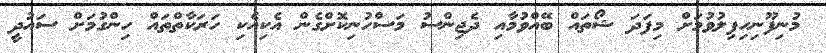
މުނިފޫނިހިފިލުވުމަށް މިފަދަ ޝޯތައް ބޭއްވުމާއި ދެޖިންސު މަސްހުނިކޮށްގެން އެކިއެކި ހަރަކާތްތައް ހިންގުމަށް ސައުދީ